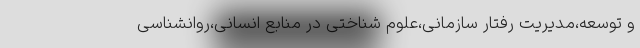
و توسعه،مدیریت رفتار سازمانی،علوم شناختی در منابع انسانی،روانشناسی